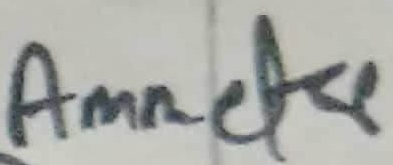
Text: Ammetre